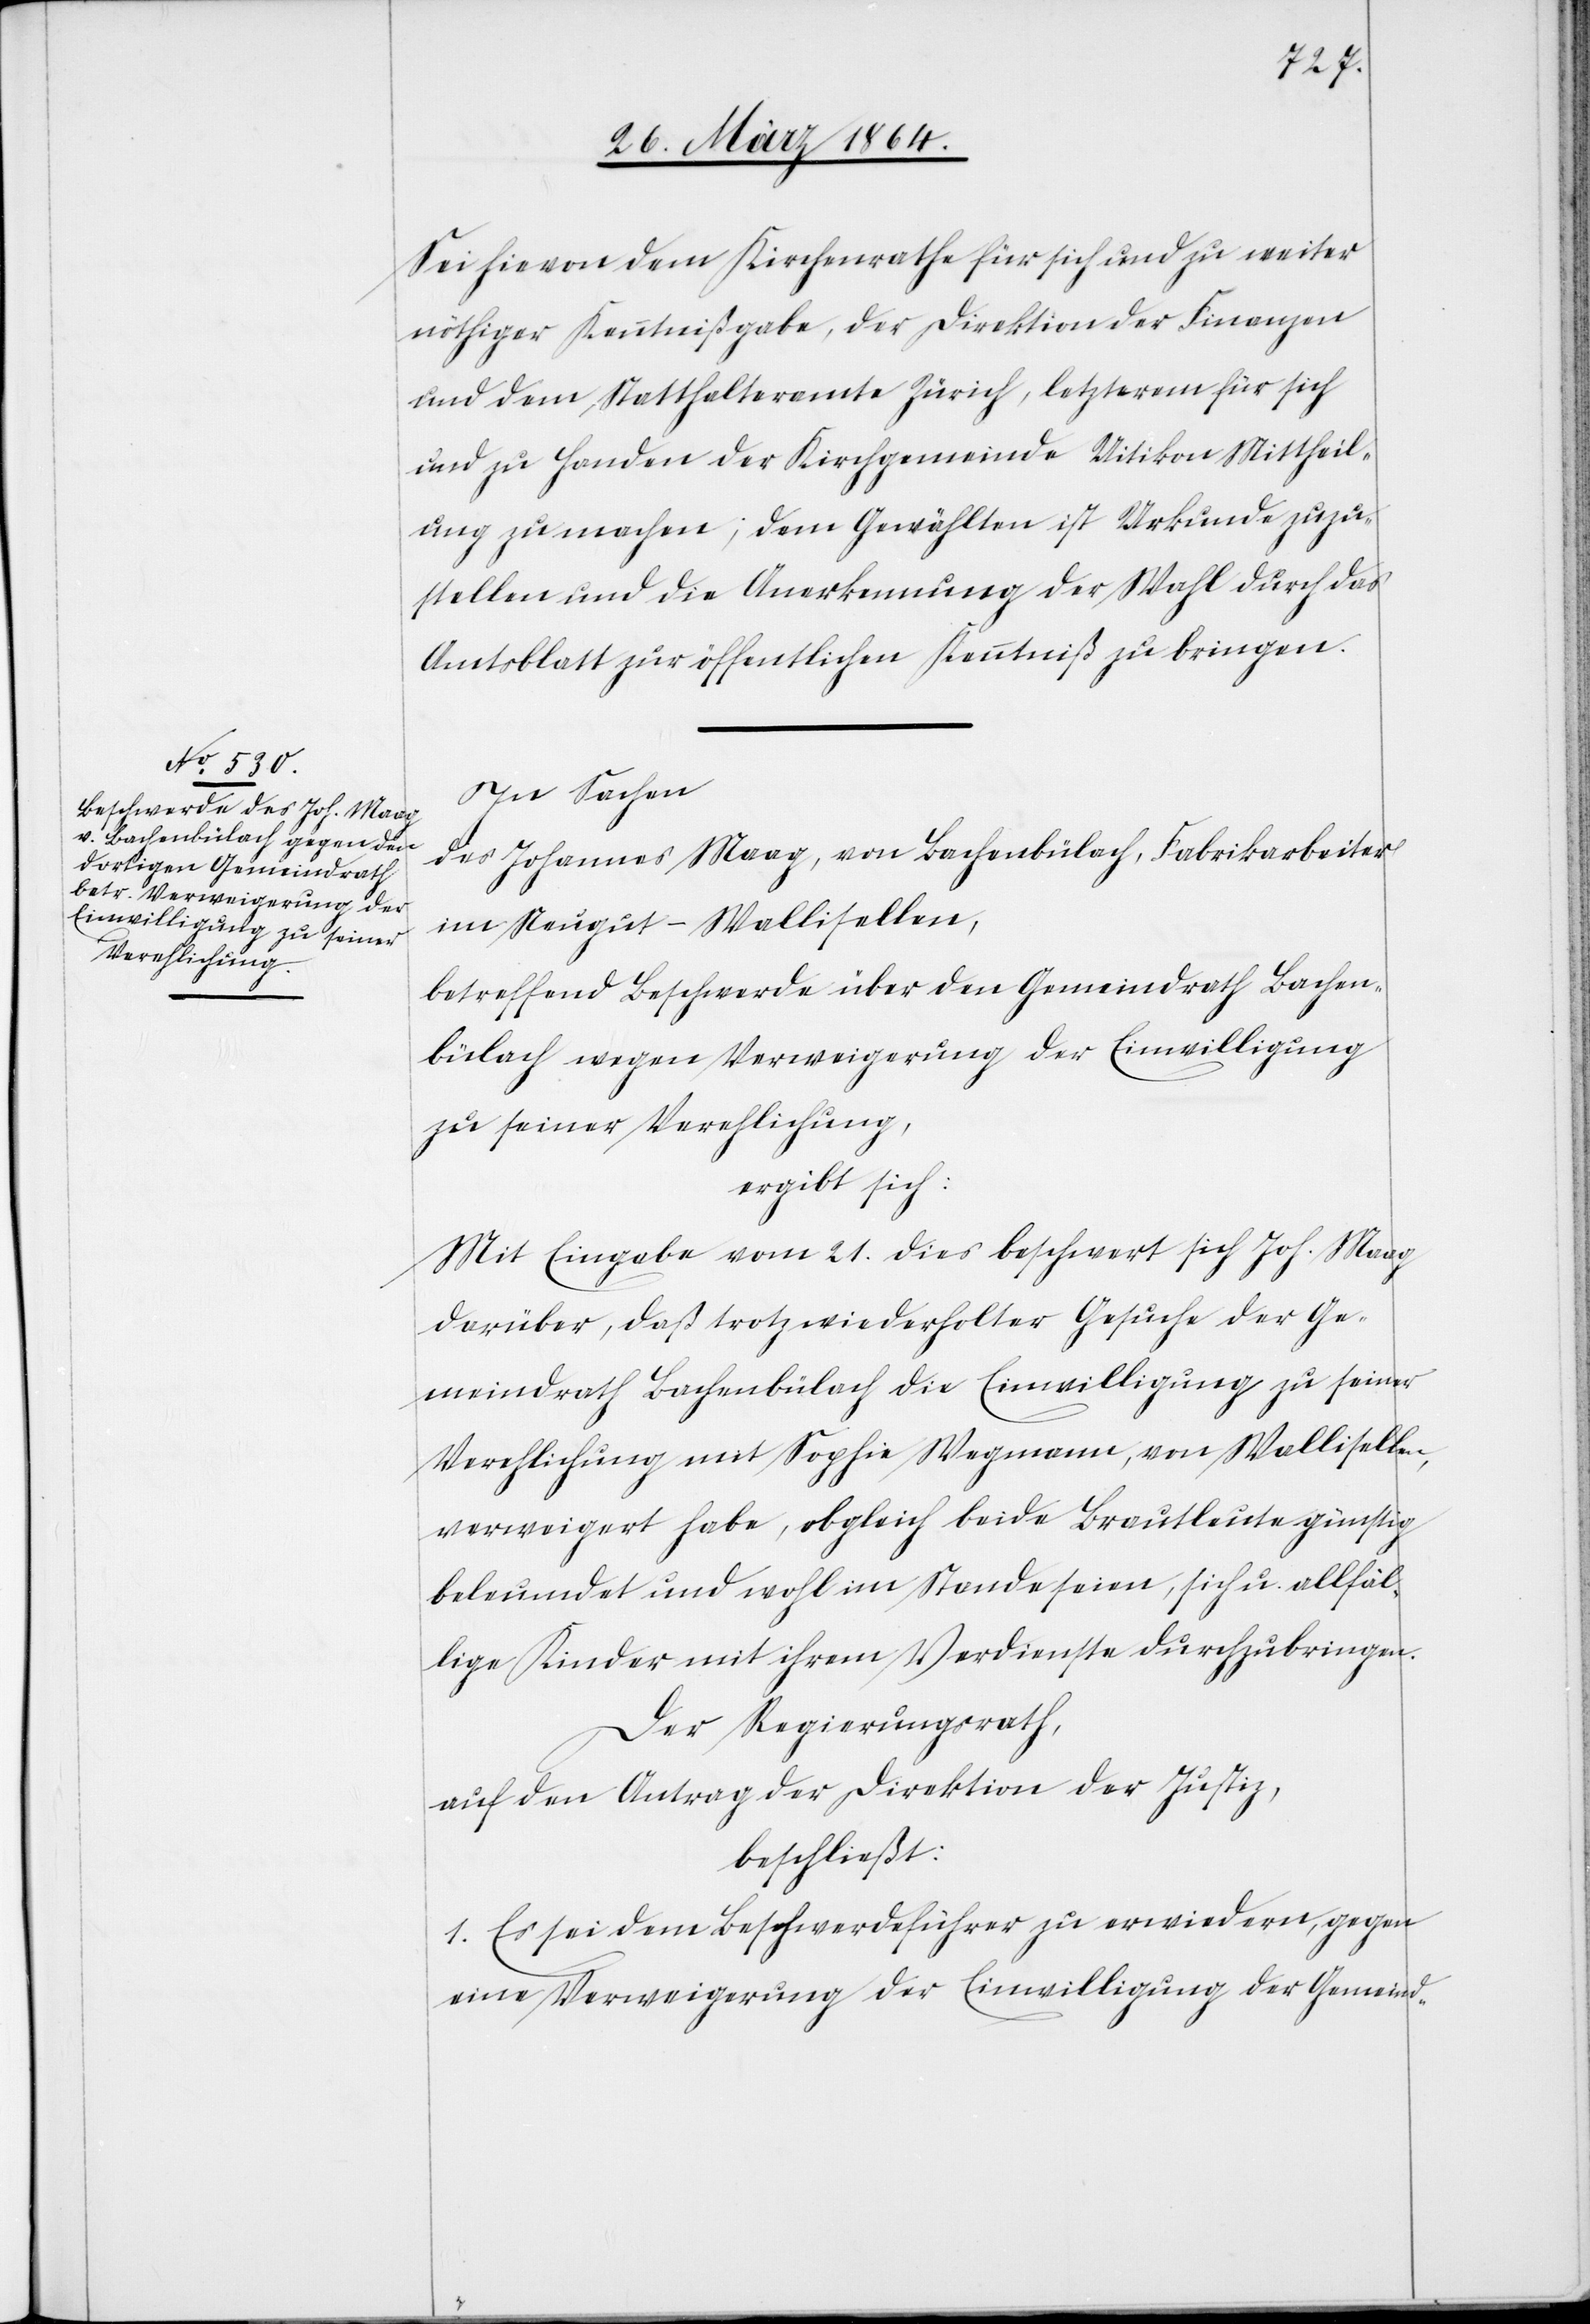
Sei hievon dem Kirchenrathe für sich und zu weiter
nöthiger Kenntnißgabe, der Direktion der Finanzen
und dem Statthalteramte Zürich, letzterem für sich
und zu Handen der Kirchgemeinde Uitikon Mittheil¬
ung zu machen; dem Gewählten ist Urkunde zuzu¬
stellen und die Anerkennung der Wahl durch das
Amtsblatt zur öffentlichen Kenntniß zu bringen.
In Sachen
des Johannes Maag, von Bachenbülach, Fabrikarbeiter
im Neugut-Wallisellen,
betreffend Beschwerde über den Gemeindrath Bachen¬
bülach wegen Verweigerung der Einwilligung
zu seiner Verehelichung,
ergibt sich:
Mit Eingabe vom 21. dies beschwert sich Joh. Maag
darüber, daß trotz wiederholter Gesuche der Ge¬
meindrath Bachenbülach die Einwilligung zu seiner
Verehelichung mit Sophie Wegmann, von Wallisellen,
verweigert habe, obgleich beide Brautleute günstig
beleumdet und wohl im Stande seien, sich u. allfäl¬
lige Kinder mit ihrem Verdienste durchzubringen.
Der Regierungsrath,
auf den Antrag der Direktion der Justiz,
beschließt:
1. Es sei dem Beschwerdeführer zu erwiedern, gegen
eine Verweigerung der Einwilligung der Gemeind-